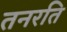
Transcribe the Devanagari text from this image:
तनरति